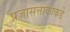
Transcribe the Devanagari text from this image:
प्रजासत्ताकाकडे